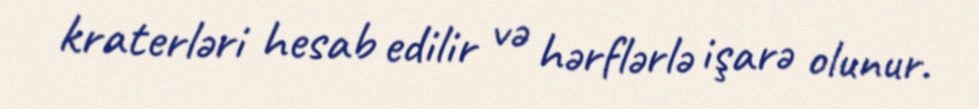
kraterləri hesab edilir və hərflərlə işarə olunur.